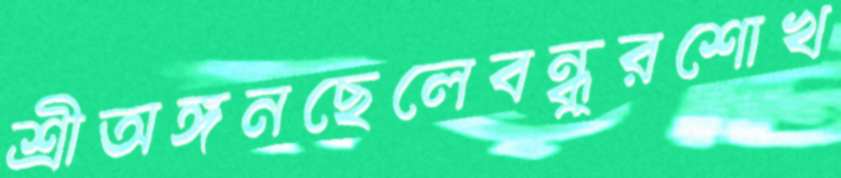
শ্রীঅঙ্গনছেলেবন্ধুরশোখ